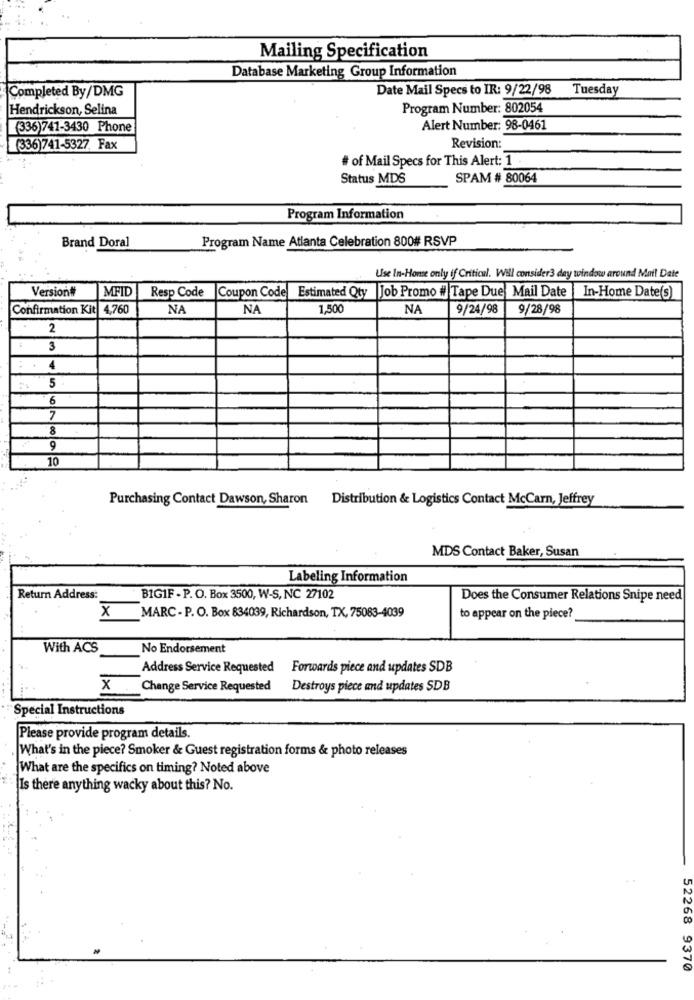
Mailing Specification
Database Marketing Group Information
Completed By/DMG
Date Mail Specs to IR: 9/22/98
Tuesday
Hendrickson, Selina
Program Number: 802054
(336)741-3430 Phone
Alert Number: 98-0461
(336)741-5327, Fax
Revision:
# of Mail Specs for This Alert: 1
Status MDS
SPAM # 80064
Program Information
Program Name Atlanta Celebration 800# RSVP
Brand Doral
Use In-Home only if Critical. Will consider3 day window around Mail Date
Version#
MFID
Coupon Code
Job Promo # Tape Due Mail Date
Resp Code
Estimated Qty
In-Home Date(s)
Confirmation Kit 4,760
NA
NA
1,500
NA
9/24/98
9/28/98
2
3
4
5
6
7
8
9
10
Purchasing Contact Dawson, Sharon Distribution & Logistics Contact McCarn, Jeffrey
MDS Contact Baker, Susan
Labeling Information
Return Address:
B1GIF - P. O. Box 3500, W-S, NC 27102
Does the Consumer Relations Snipe need
MARC - P. O. Box 834039, Richardson, TX, 75083-4039
x
to appear on the piece?
With ACS
No Endorsement
Address Service Requested
Forwards piece and updates SDB
x
Change Service Requested
Destroys piece and updates SDB
Special Instructions
Please provide program details.
What's in the piece? Smoker & Guest registration forms & photo releases
What are the specifics on timing? Noted above
Is there anything wacky about this? No.
52268 9370